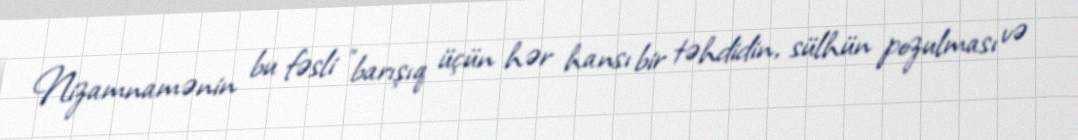
Nizamnamənin bu fəsli "barışıq üçün hər hansı bir təhdidin, sülhün pozulması və